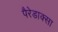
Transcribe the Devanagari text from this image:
पैरेडाक्सा